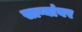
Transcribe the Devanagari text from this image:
साऱ्यांवर